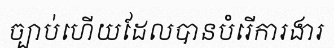
ច្បាប់ហើយដែលបានបំរើការងារ